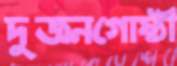
দুজনগোষ্ঠী